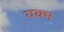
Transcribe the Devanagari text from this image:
यक्म